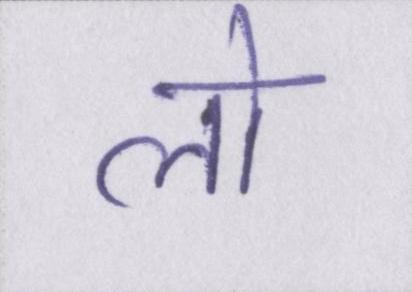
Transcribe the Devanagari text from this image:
लो